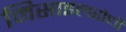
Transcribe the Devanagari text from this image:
मिसाइलरोधी